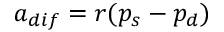
a _ { d i f } = r ( p _ { s } - p _ { d } )